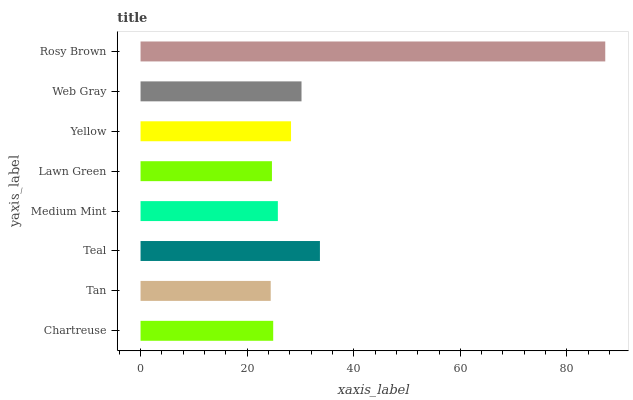
| yaxis_label | bars |
 | --- | --- |
 | Chartreuse | 24.9 |
 | Tan | 24.4 |
 | Teal | 33.7 |
 | Medium Mint | 25.8 |
 | Lawn Green | 24.7 |
 | Yellow | 28.2 |
 | Web Gray | 30.2 |
 | Rosy Brown | 87.2 |